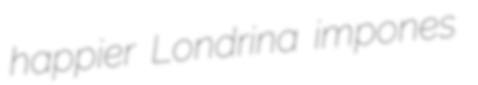
happier Londrina impones